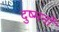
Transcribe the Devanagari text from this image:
दुष्मनों